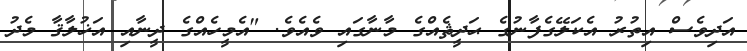
އަދިވެސް އިތުރު އެކަލޭގެފާނުގެ ޙަދީޘެއްގެ މާނާގައި ވެއެވެ. "އެމީހެއްގެ ދީނާއި އަޚުލާޤާ މެދު